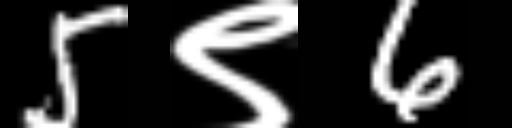
Text: 5९6